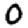
Digit: 0